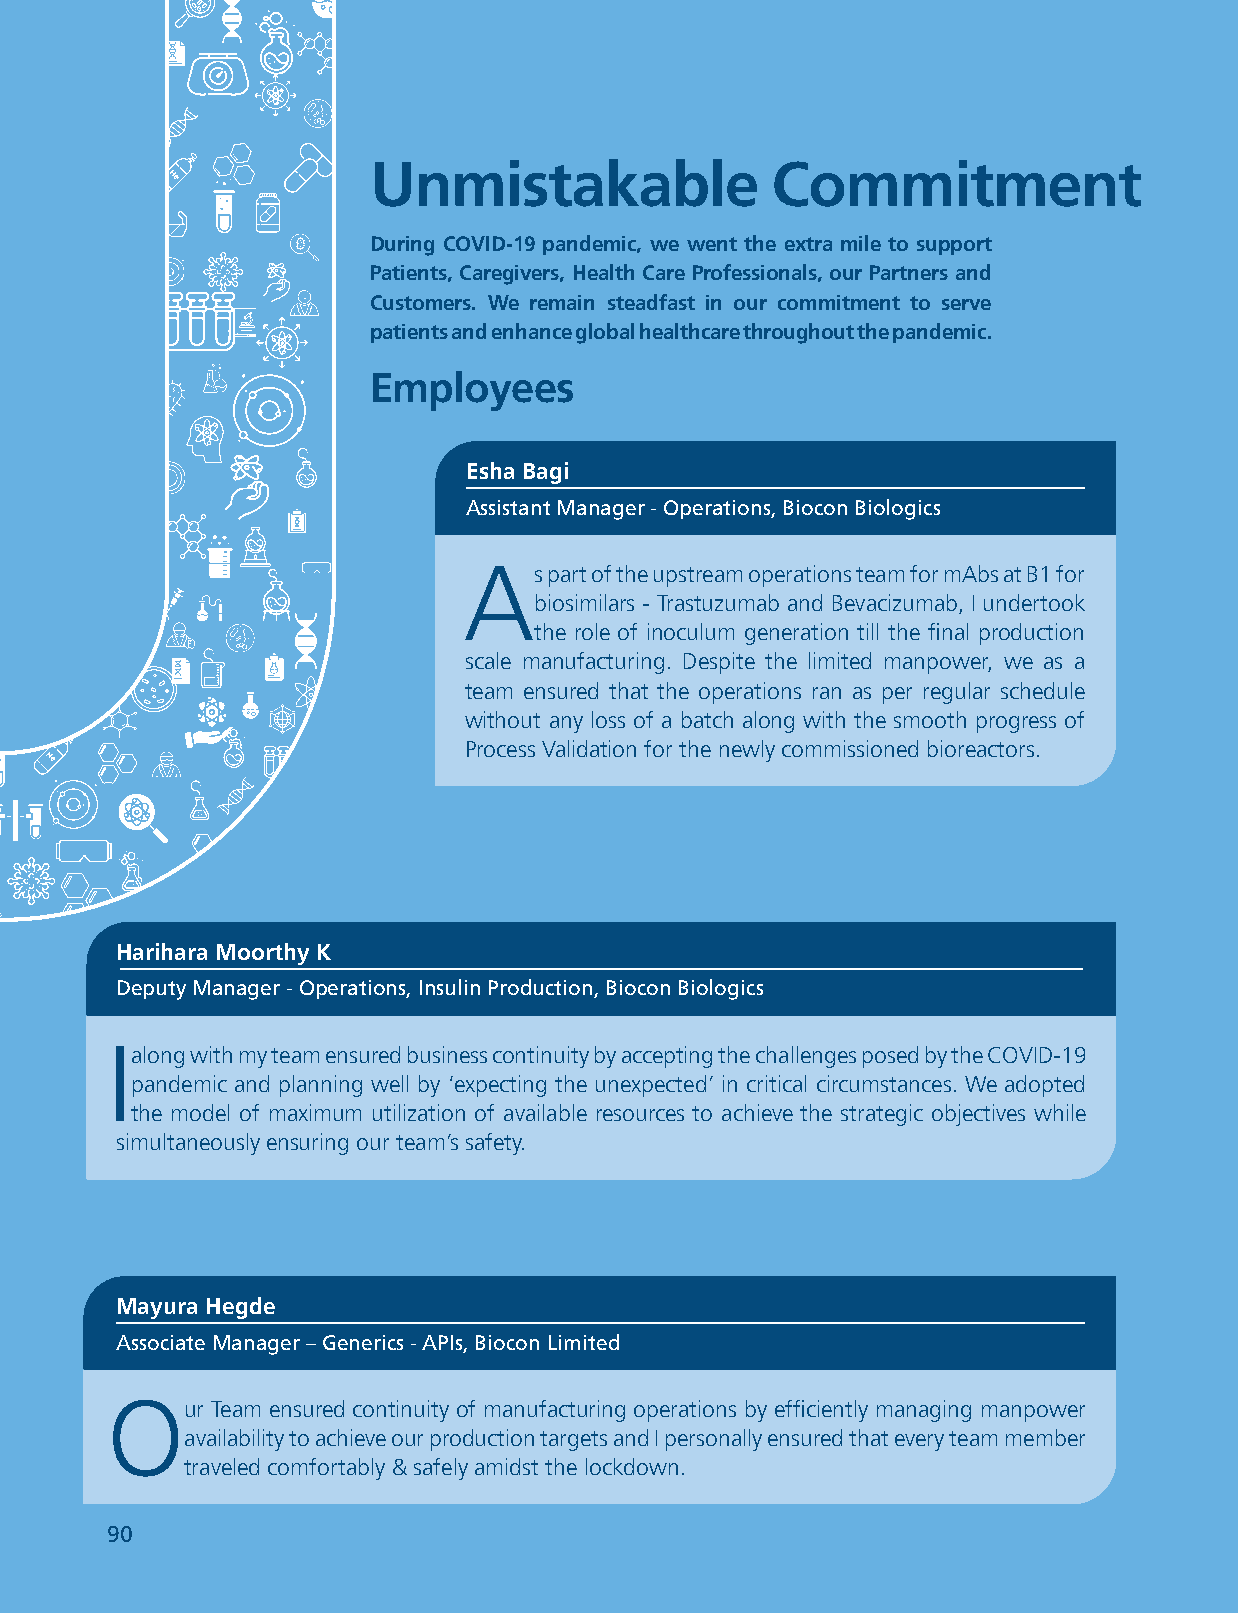
Biocon LBiimocitoend Limited
 Unmistakable              Commitment
 During COVID-19 pandemic, we went the extra mile to support
 Patients, Caregivers, Health Care Professionals, our Partners and
 Customers. We remain steadfast in our commitment to serve
 patients and enhance global healthcare throughout the pandemic.
 Employees
 Esha Bagi
 Assistant Manager - Operations, Biocon Biologics
 A
 s part of the upstream operations team for mAbs at B1 for
 biosimilars - Trastuzumab and Bevacizumab, I undertook
 the role of inoculum generation till the final production
 scale manufacturing. Despite the limited manpower, we as a
 team ensured that the operations ran as per regular schedule
 without any loss of a batch along with the smooth progress of
 Process Validation for the newly commissioned bioreactors.
 Harihara Moorthy K
 Deputy Manager - Operations, Insulin Production, Biocon Biologics
 I
 along with my team ensured business continuity by accepting the challenges posed by the COVID-19
 pandemic and planning well by ‘expecting the unexpected’ in critical circumstances. We adopted
 the model of maximum utilization of available resources to achieve the strategic objectives while
 simultaneously ensuring our team’s safety.
 Mayura Hegde
 Associate Manager – Generics - APIs, Biocon Limited
 O
 ur Team ensured continuity of manufacturing operations by efficiently managing manpower
 availability to achieve our production targets and I personally ensured that every team member
 traveled comfortably & safely amidst the lockdown.
 9900 UNWAVERING PURPOSE                                  ANNUAL REPORT 2021